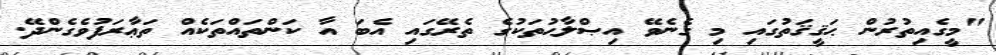
"މީގެއިތުރުން ޙަޤީޤަތުގައި މި ގެނެވޭ އިޞްލާޙުތަކުގެ ތެރޭގައި އެބަ އާ ކަންތައްތަކެއް ތަޢާރަފުވެގެންދޭ.